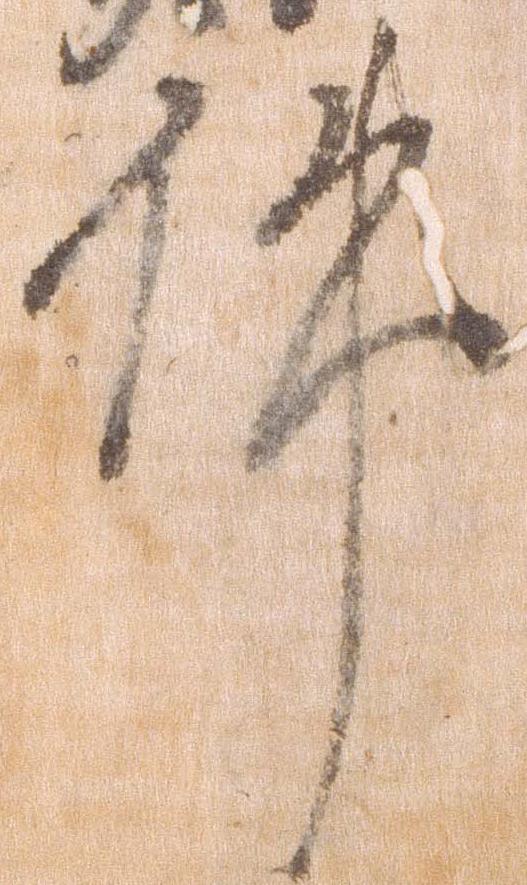
件